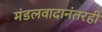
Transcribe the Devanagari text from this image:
मंडलवादानंतरही